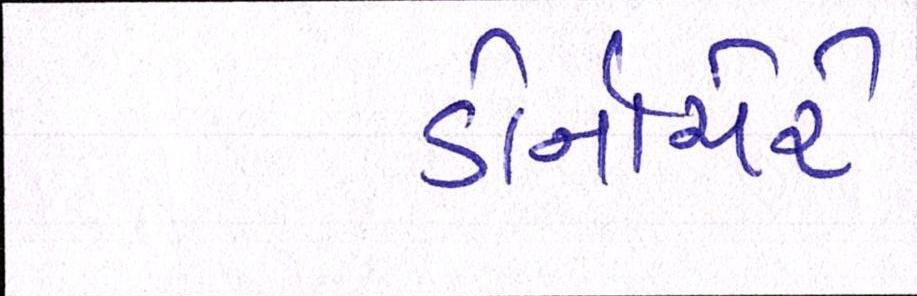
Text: ડોર્નાચેરે